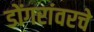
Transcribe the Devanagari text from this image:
डोंगरांवरचे